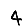
Digit: 4